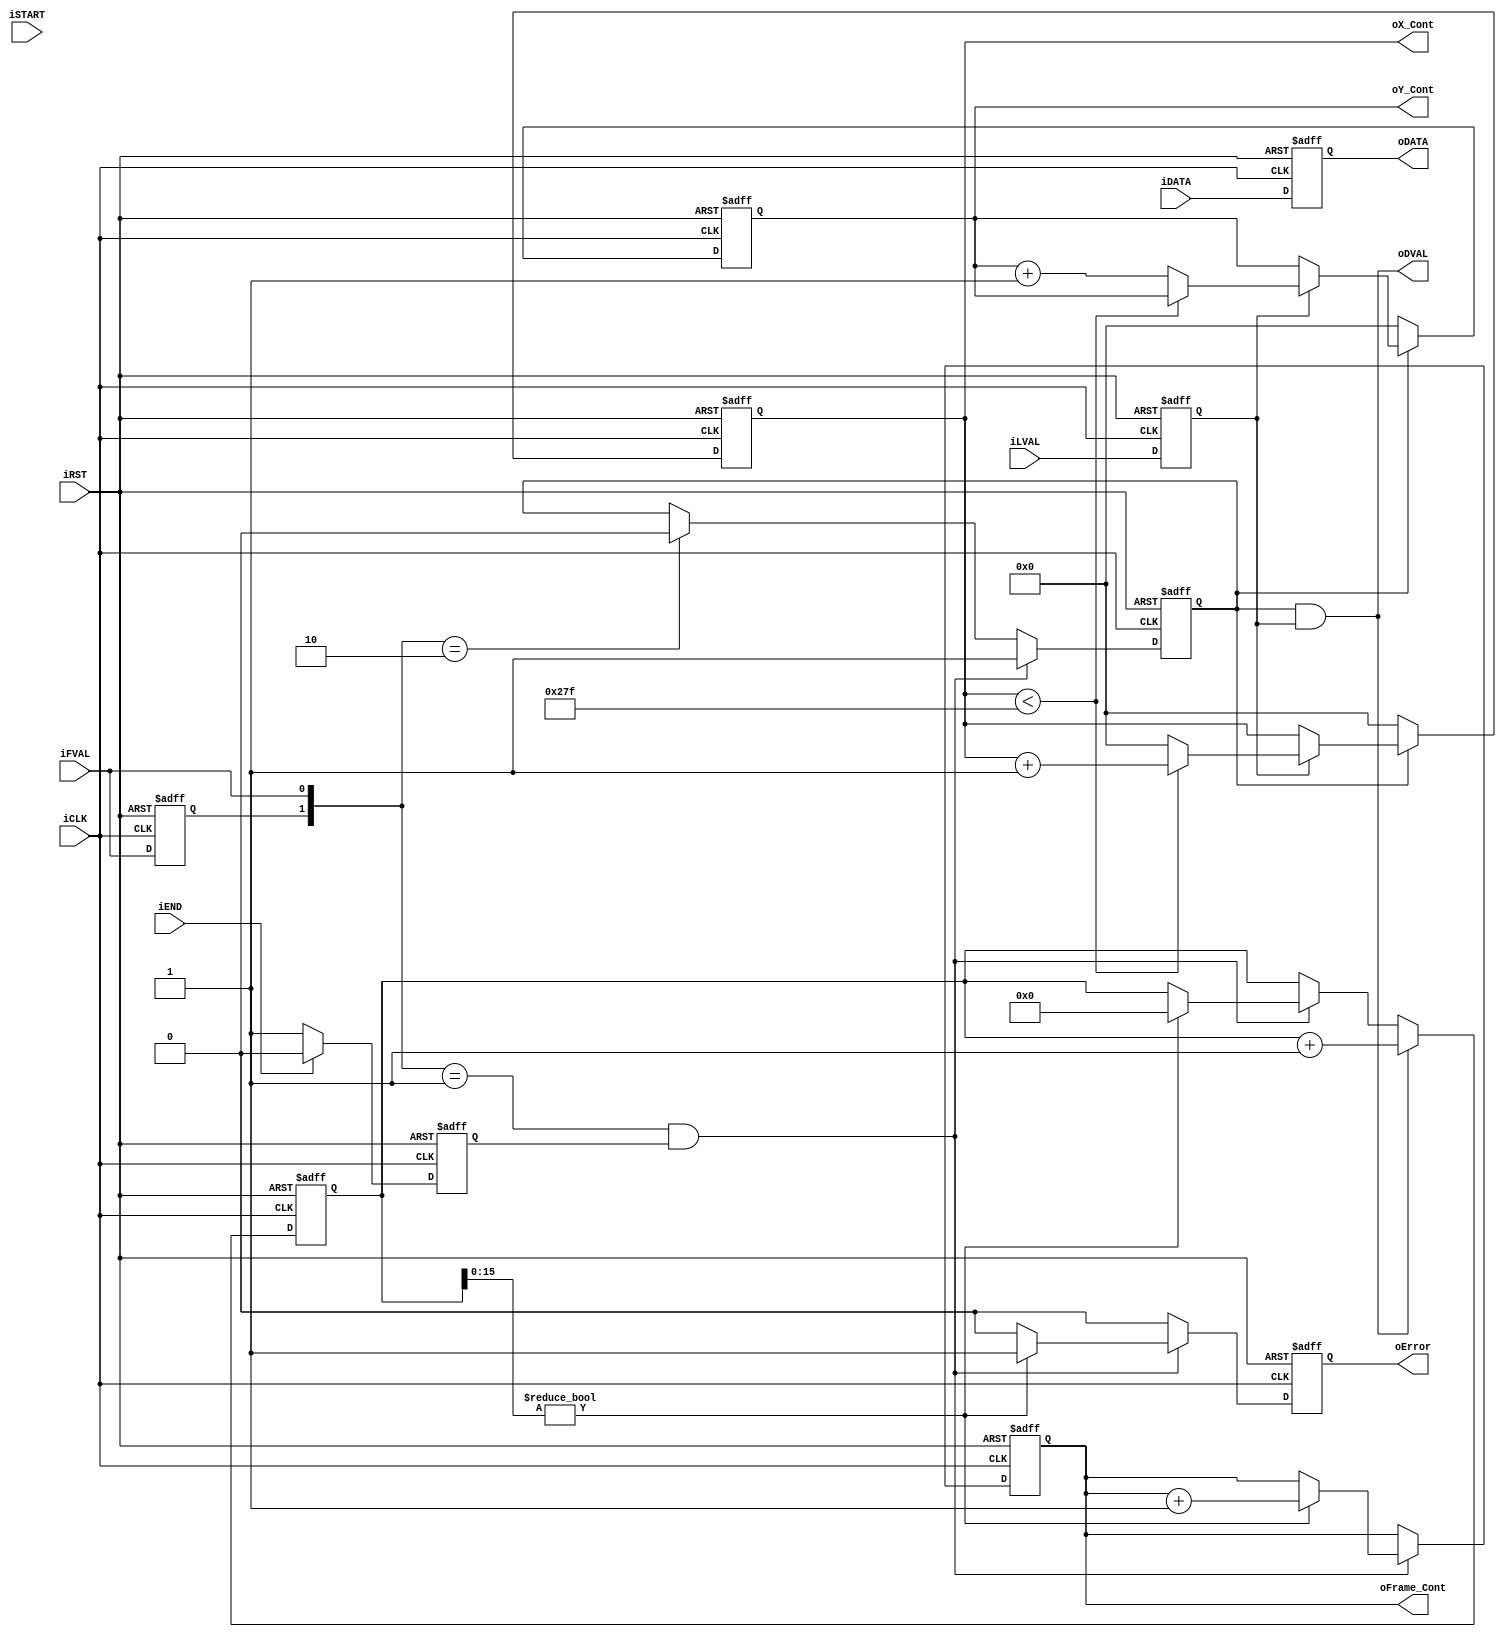
module CCD_Capture(	oDATA,
					oDVAL,
					oX_Cont,
					oY_Cont,
					oFrame_Cont,
					iDATA,
					iFVAL,
					iLVAL,
					iSTART,
					iEND,
					iCLK,
					iRST,
					oError	);
					
input	[9:0]	iDATA;
input			iFVAL;
input			iLVAL;
input			iSTART;
input			iEND;
input			iCLK;
input			iRST;
output	[9:0]	oDATA;
output	[9:0]	oX_Cont;
output	[9:0]	oY_Cont;
output	[31:0]	oFrame_Cont;
output			oDVAL;
output			oError;

reg				Pre_FVAL;
reg				mCCD_FVAL;
reg				mCCD_LVAL;
reg		[9:0]	mCCD_DATA;
reg		[9:0]	X_Cont;
reg		[9:0]	Y_Cont;
reg		[31:0]	Frame_Cont, fcnt;
reg				mSTART;
reg				error;

assign	oX_Cont		=	X_Cont;
assign	oY_Cont		=	Y_Cont;
assign	oFrame_Cont	=	Frame_Cont;
assign	oDATA		=	mCCD_DATA;
assign	oDVAL		=	mCCD_FVAL&mCCD_LVAL;
assign	oError		=   error;

always@(posedge iCLK or negedge iRST)
begin
	if(!iRST)
	mSTART	<=	0;
	else
	begin
		if(!iEND)//iSTART)
		mSTART	<=	1;
		if(iEND)
		mSTART	<=	0;		
	end
end

always@(posedge iCLK or negedge iRST)
begin
	if(!iRST)
	begin
		Pre_FVAL	<=	0;
		mCCD_FVAL	<=	0;
		mCCD_LVAL	<=	0;
		mCCD_DATA	<=	0;
		X_Cont		<=	0;
		Y_Cont		<=	0;
		fcnt <= 0;
		Frame_Cont	<=	0;
		error <= 0;
	end
	else
	begin
		error <= 0;
		Pre_FVAL	<=	iFVAL;
		if( ({Pre_FVAL,iFVAL}==2'b01) && mSTART )
		begin
			mCCD_FVAL	<=	1;
			if (fcnt[15:0] != 16'h0000) 
			begin
				Frame_Cont	<=	Frame_Cont+1;
				fcnt <= 32'h00000000;
				error <= 1'b1;
			end
		end
		else if({Pre_FVAL,iFVAL}==2'b10)
		mCCD_FVAL	<=	0;
		mCCD_LVAL	<=	iLVAL;
		mCCD_DATA	<=	iDATA;
		if(mCCD_FVAL)
		begin
			if(mCCD_LVAL)
			begin
				if(X_Cont<639)
				X_Cont	<=	X_Cont+1;
				else
				begin
					X_Cont	<=	0;
					Y_Cont	<=	Y_Cont+1;
				end
			end
		end
		else
		begin
			X_Cont	<=	0;
			Y_Cont	<=	0;
		end
		
		if (oDVAL) fcnt <= fcnt+1;
	end
end
/*
always@(posedge iFVAL or negedge iRST)
begin
	if(!iRST)
	Frame_Cont	<=	0;
	else
	begin
		if(mSTART)
		begin
			if (fcnt[15:0] != 16'h0000) 
			begin
				Frame_Cont	<=	Frame_Cont+1;
				fcnt <= 32'h00000000;
			end
		end
	end
end
*/
endmodule